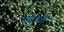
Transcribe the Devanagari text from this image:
सदानों